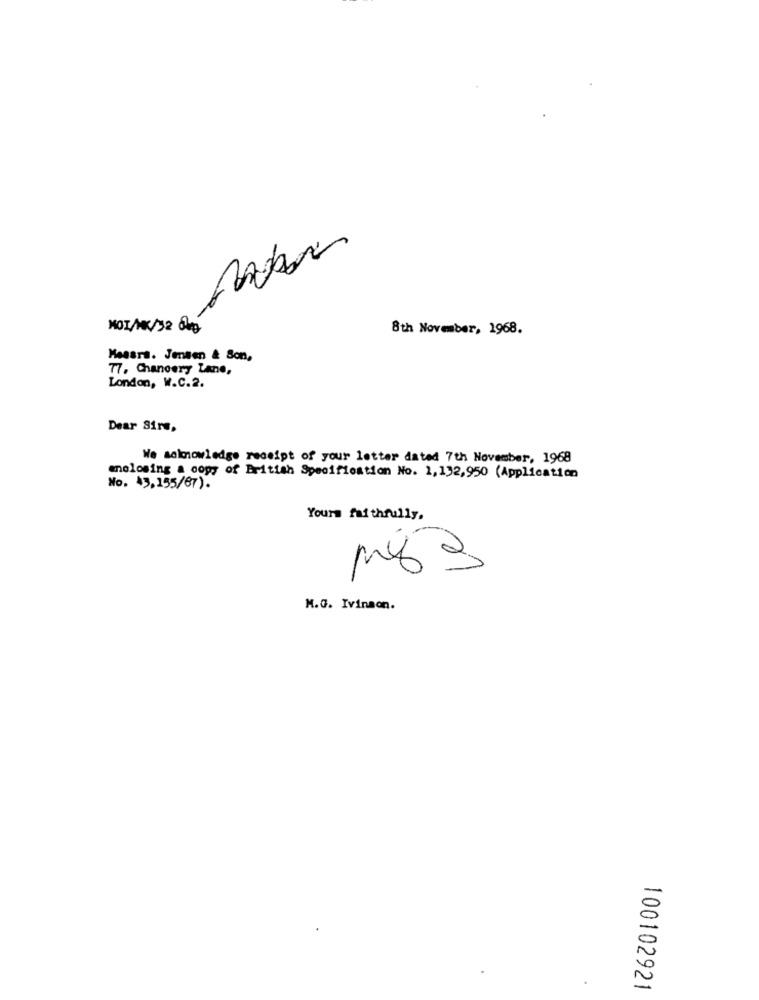
NOTAK/32 8kg
8th November, 1968.
Messrs. Jensen & Son,
77. Chancery Lane,
London, W.C.2.
Dear Sirs,
We acknowledge receipt of your letter dated 7th November, 1968
molosing a copy of British Specification No. 1,132,950 (Application
No. 43,155/87).
Yours faithfully.
mg 3
M.G. Ivinaon.
100102921